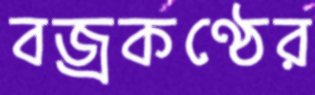
বজ্রকণ্ঠের